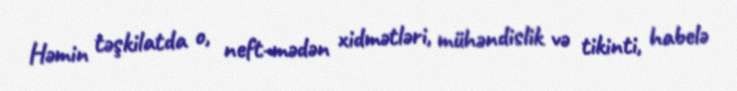
Həmin təşkilatda o, neft-mədən xidmətləri, mühəndislik və tikinti, habelə